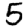
Digit: 5